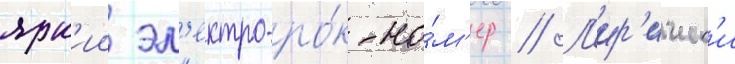
ярк'ии эл'ектро-ро́к-но́м'ер // Л'ир'ическ'и